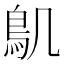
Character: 𮬥